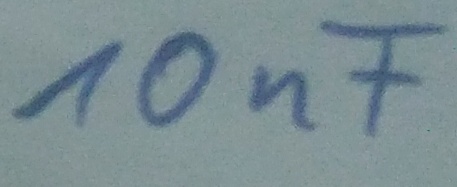
Text: 10nF